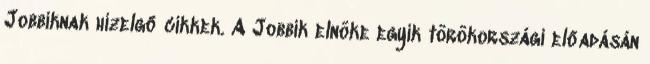
Jobbiknak hízelgő cikkek. A Jobbik elnöke egyik törökországi előadásán